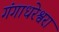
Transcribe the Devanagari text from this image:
गंगाधरेश्वरा